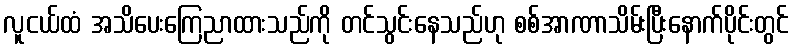
လူငယ်ထံ အသိပေးကြေညာထားသည်ကို တင်သွင်းနေသည်ဟု စစ်အာဏာသိမ်းပြီးနောက်ပိုင်းတွင်